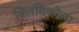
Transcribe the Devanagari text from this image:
क्लिविकोला